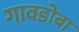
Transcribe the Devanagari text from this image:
गावडोबा